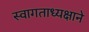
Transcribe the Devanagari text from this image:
स्वागताध्यक्षाने